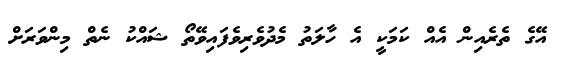
އޭގެ ތެރެއިން އެއް ކަމަކީ އެ ހާލަތު މެދުވެރިވެފައިވޭތޯ ޝައްކު ނެތް މިންވަރަށް